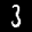
Label: 3